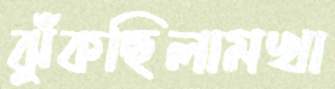
ঝুঁকছিলামখা